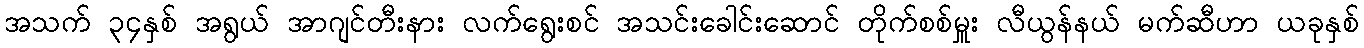
အသက် ၃၄နှစ် အရွယ် အာဂျင်တီးနား လက်ရွေးစင် အသင်းခေါင်းဆောင် တိုက်စစ်မှူး လီယွန်နယ် မက်ဆီဟာ ယခုနှစ်